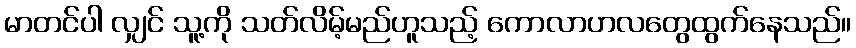
မာတင်ပါ လျှင် သူ့ကို သတ်လိမ့်မည်ဟူသည့် ကောလာဟလတွေထွက်နေသည်။